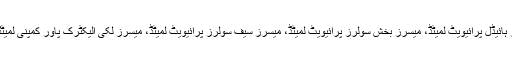
اجلاس میں نیپرا کی انتظامیہ، وزارت پانی و بجلی، آئی پی پی ایس، میسرز بلیو سٹار ہائیڈل پرائیویٹ لمیٹڈ، میسرز بخش سولرز پرائیویٹ لمیٹڈ، میسرز سیف سولرز پرائیویٹ لمیٹڈ، میسرز لکی الیکٹرک پاور کمپنی لمیٹڈ، میسرز صدکہ سنز انرجی لمیٹڈ و دیگر کے خلاف انکوائری کی منظوری دی گئی۔